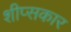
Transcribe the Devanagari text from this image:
शीप्सकार